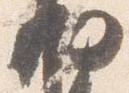
納